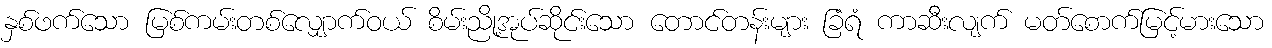
နှစ်ဖက်သော မြစ်ကမ်းတစ်လျှောက်ဝယ် စိမ်းညို့အုပ်ဆိုင်းသော တောင်တန်းများ ခြံရံ ကာဆီးလျက် မတ်စောက်မြင့်မားသော